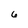
Character: 6